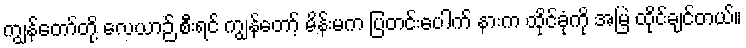
ကျွန်တော်တို့ လေယာဉ် စီးရင် ကျွန်တော့် မိန်းမက ပြတင်းပေါက် နားက ထိုင်ခုံကို အမြဲ ထိုင်ချင်တယ်။